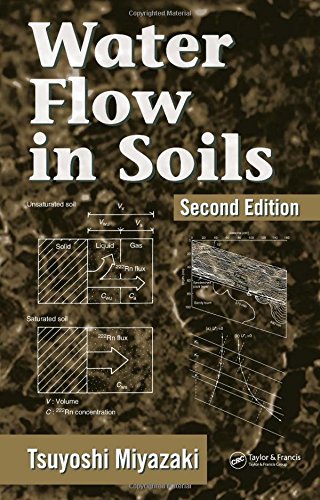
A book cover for Water Flow In Soils, Second Edition (Books in Soils, Plants, and the Environment); Tsuyoshi Miyazaki; Engineering & Transportation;